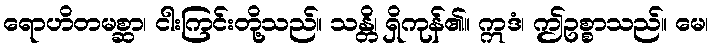
ရောဟိတမစ္ဆာ၊ ငါးကြင်းတို့သည်။ သန္တိ၊ ရှိကုန်၏။ ဣဒံ၊ ဤဥစ္စာသည်။ မေ၊